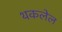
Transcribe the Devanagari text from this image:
थकलेल